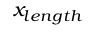
x _ { l e n g t h }